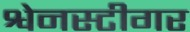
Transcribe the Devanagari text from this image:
श्वेनस्टीगर